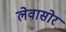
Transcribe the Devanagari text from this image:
लेवासोर